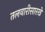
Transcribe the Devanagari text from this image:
तलवारीसारखे